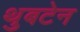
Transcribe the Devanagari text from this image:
थुबटेन